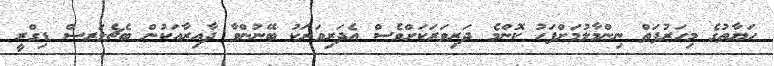
ހަޔާތުގެ މިހަރުފަތް ނިންމާލުމަށްފަހު ކޮންމެ ދަރިވަރަކަށްވެސް އެދަރިވަރަކު ބޭނުންވާ ދާއިރާއަކުން ބެޗެލަރސް ޑިގްރީ